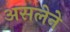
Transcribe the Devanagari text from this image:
असलेने